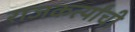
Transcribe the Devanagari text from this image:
राजकर्त्यांची